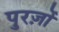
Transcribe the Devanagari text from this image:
पुरज़ों